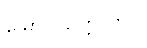
မြောက်ဥက္ကလာပ